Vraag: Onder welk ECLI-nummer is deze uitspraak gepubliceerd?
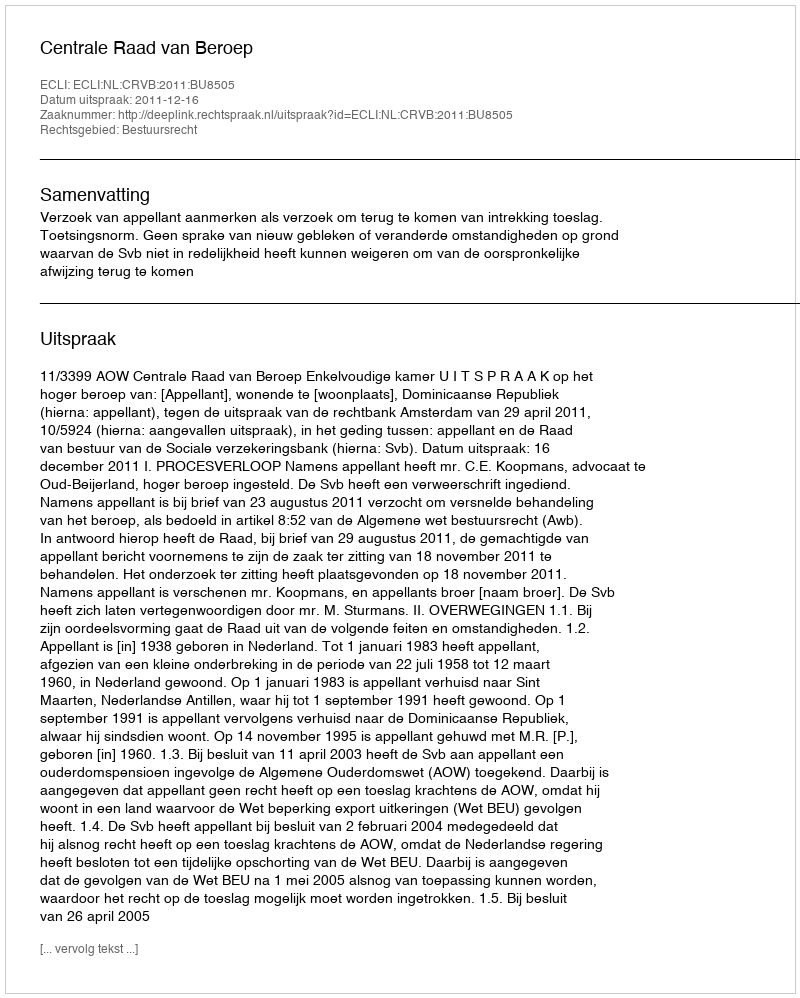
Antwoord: ECLI:NL:CRVB:2011:BU8505